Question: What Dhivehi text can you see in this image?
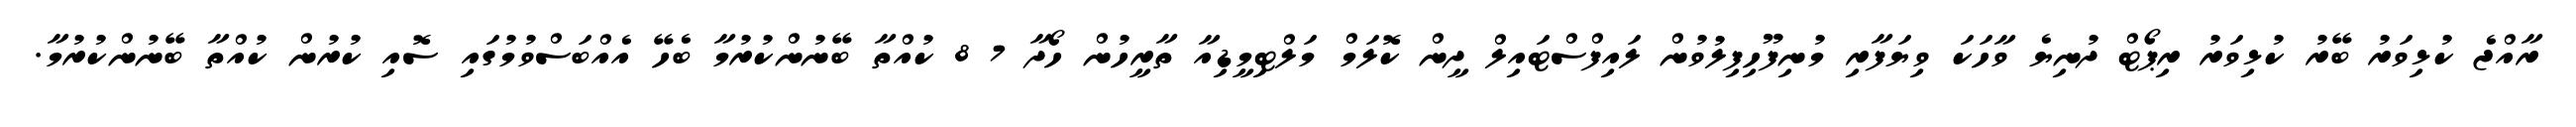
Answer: ރާއްޖެ ކުޅިވަރު ބޭރު ކުޅިވަރު ރިޕޯޓް ދުނިޔެ ވާހަކަ ވިޔަފާރި މުނިފޫހިފިލުވުން ލައިފްސްޓައިލް ދީން ކޮލަމް މަލްޓިމީޑިއާ ތާރީހުން ހޯދާ 7 8 ކުއްތާ ބޭނުންކުރުމާ ބެހޭ އެއްބަސްވުމުގައި ސޮއި ކުރުން ކުއްތާ ބޭނުންކުރުމާ.